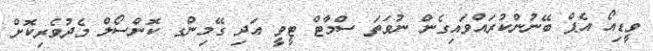
ވީޑިއޯ އެޕް ބޭނުންކުރައްވައިގެން ނުވަތަ ސްމާޓް ޓީވީ އަދި ގޭމިންގ ކޮންސޯލް މެދުވެރިކޮށް